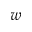
w